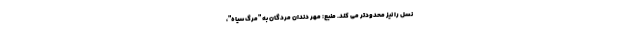
نسل را نیز محدودتر می کند. منبع: مهر دندان مردگانِ به "مرگ سیاه"،